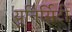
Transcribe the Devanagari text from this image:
यूनिर्सिटी